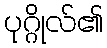
ပုဂ္ဂိုလ်၏